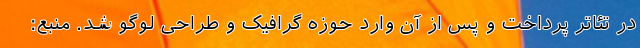
در تئاتر پرداخت و پس از آن وارد حوزه گرافیک و طراحی لوگو شد. منبع: